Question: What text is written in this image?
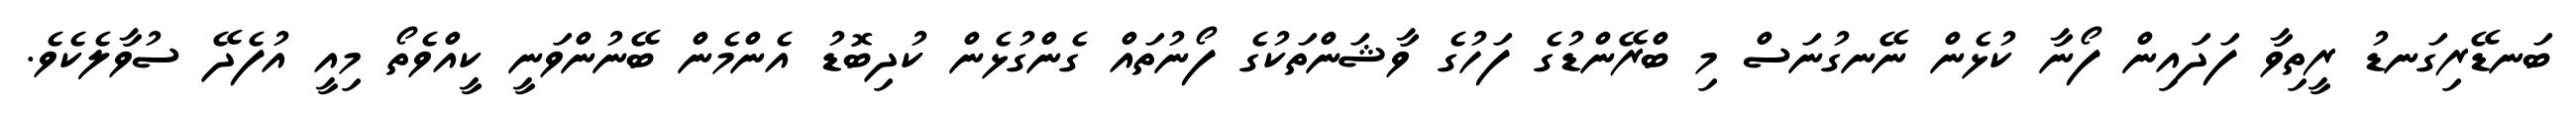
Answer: ބަނޑޭރިގަނޑު ރީތިވާ ފަދައިން ފޯނާ ކުޅެން ނޭނގުނަސް މި ބްރޭންޑުގެ ފަހުގެ ވާޝަންތަކުގެ ފޯނުތައް ގެންގުޅެން ކުދިބޮޑު އެންމެން ބޭނުންވަނީ ކީއްވެތޯ މިއީ އުފެދޭ ސުވާލެކެވެ.